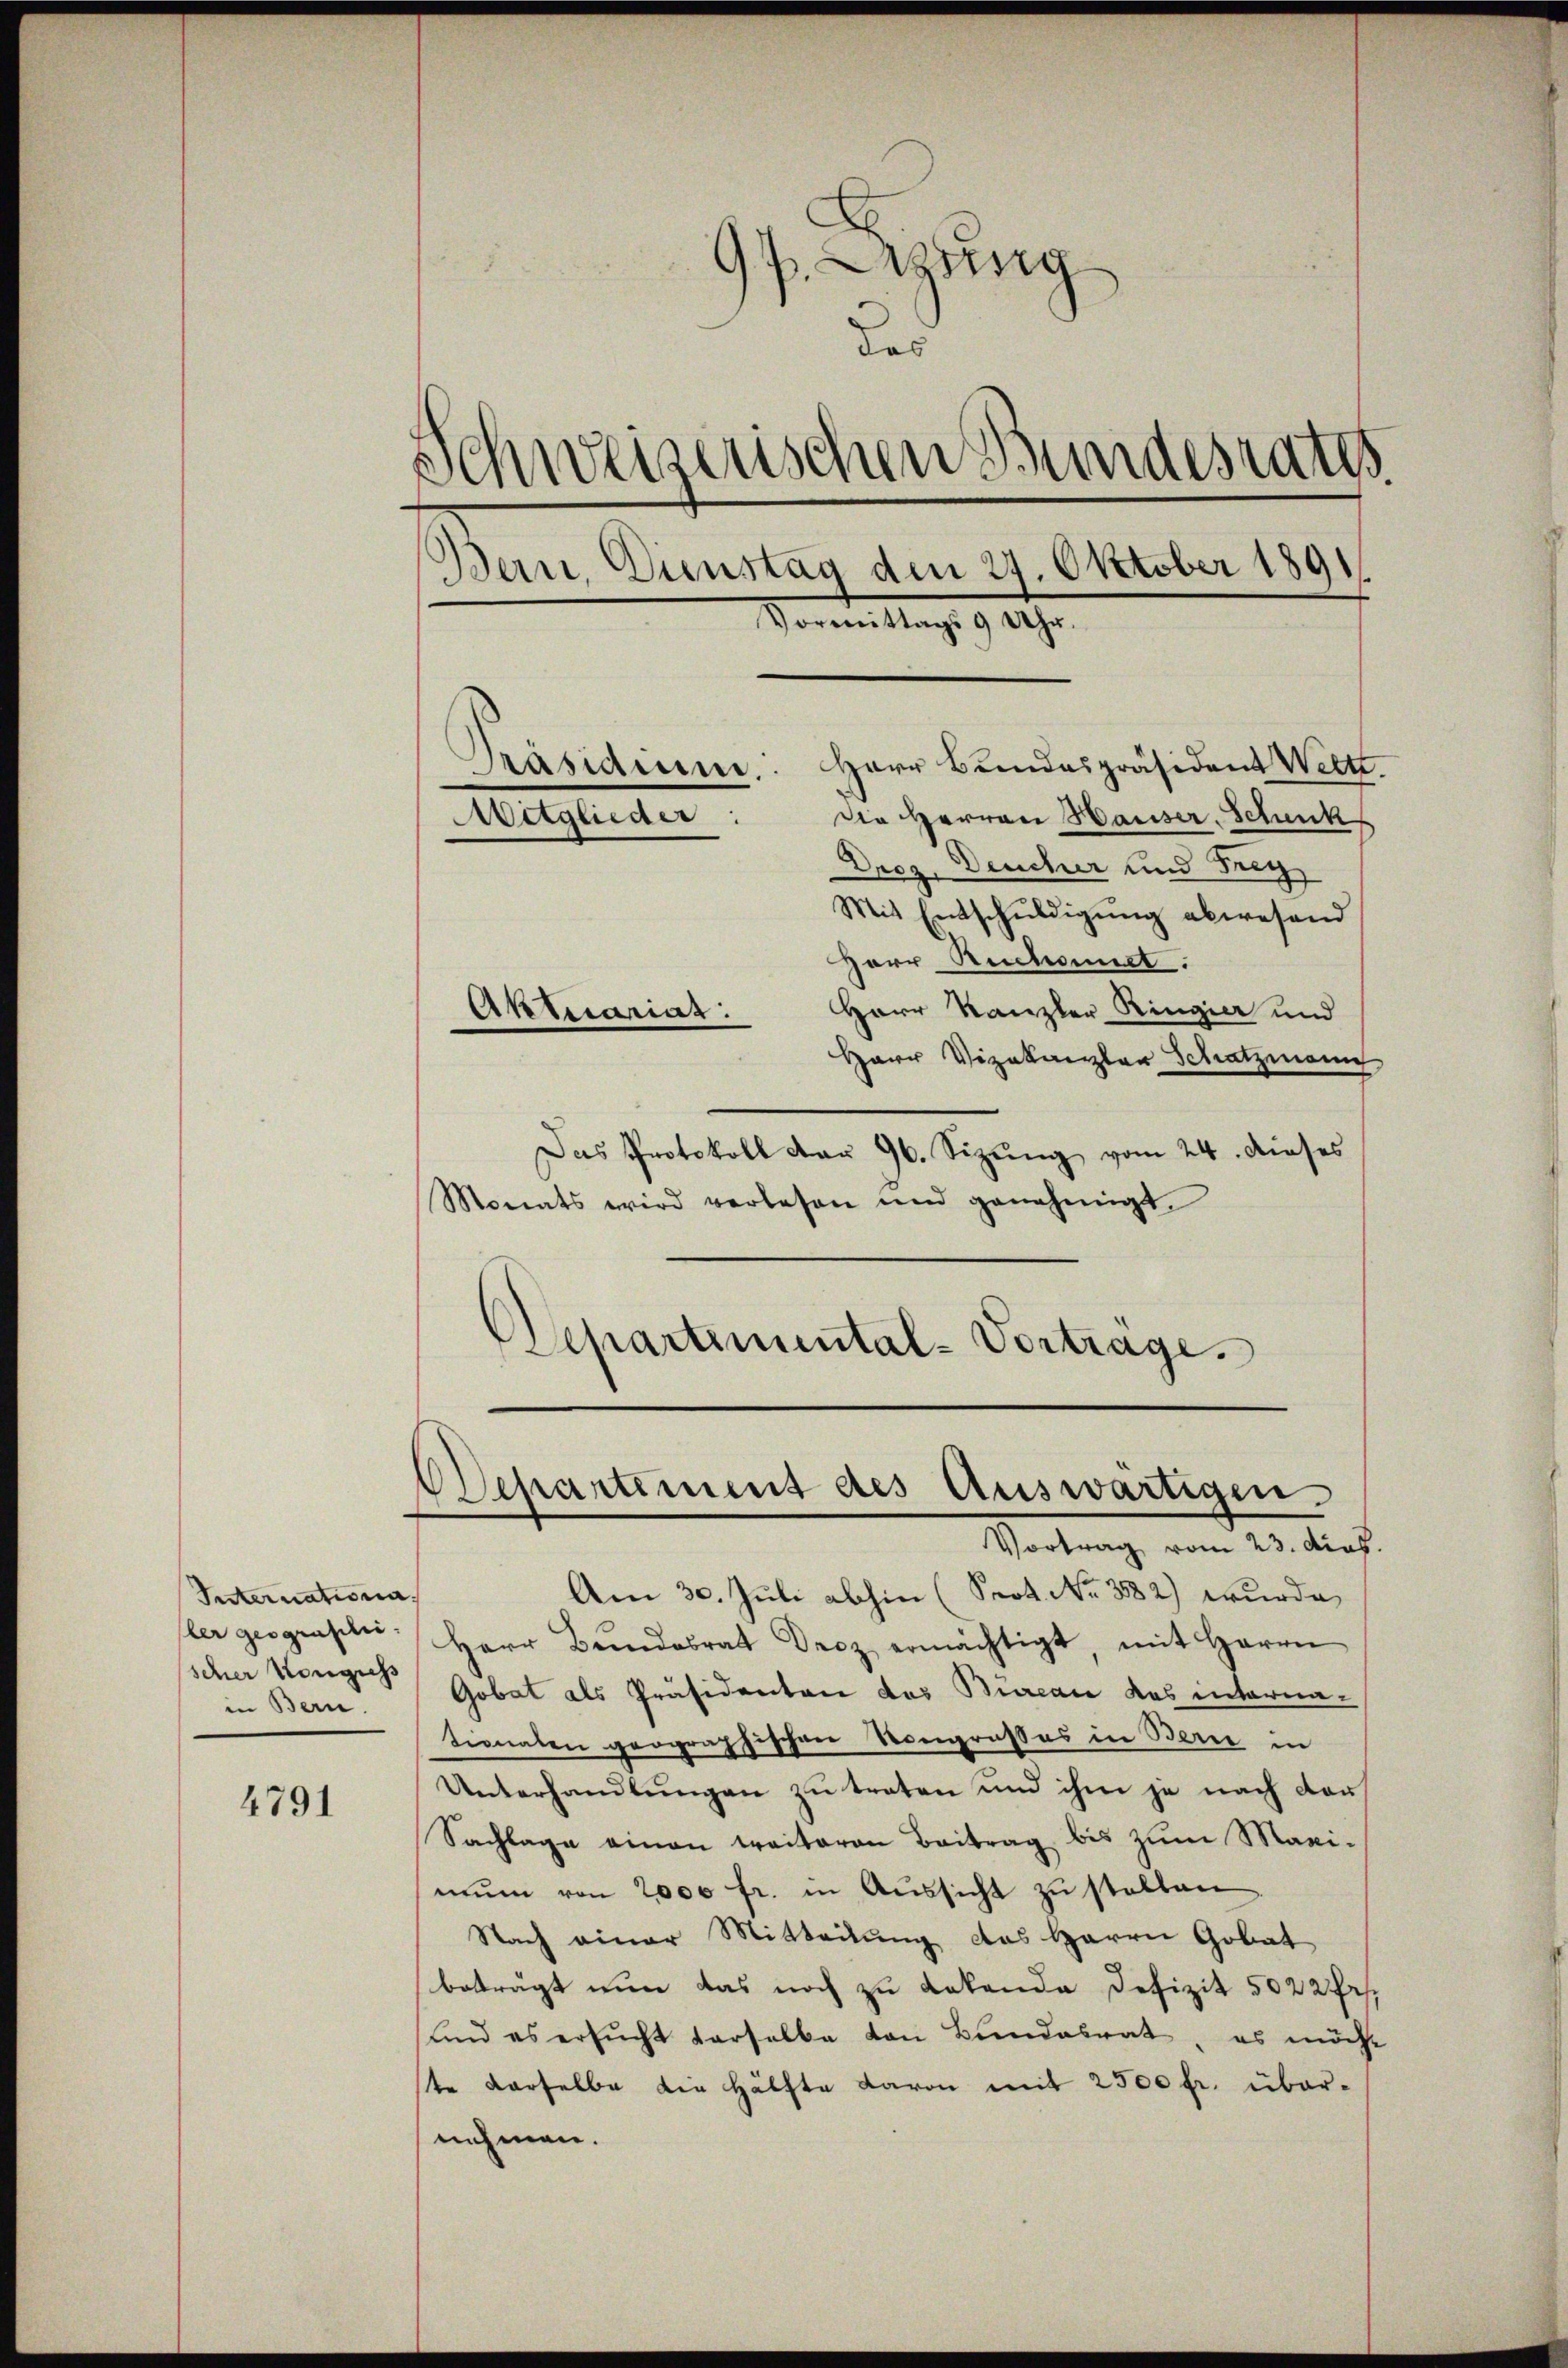
Internationa
ler geograschie
scher Kongress
in Bern.

4791

Azung
das
Schweizerischen Bundesrates
Bein. Dienstag den 27. Oktober 1891
Vormittags 9 Uhr.
Präsidium. Herr Bundespräsident Weltt
die Herren Hauser-Schenk
Mitglieder:
Dreg. Deucher und Trig
Mit Entschŭldigŭng abwesend

Herr Rechanict.
Herr Kanzler Ringier und
Herr Vizekanzler Schatzmann
Das Protokoll dar 96. Sizung vom 24. dieses
Monats wird verlesen und genehmigt.
Schartiuntal-Vortrage.

Aktuariat.

Departement des Auswärtigen.
Vortrag vom 23. dies

Am 30. Juli abhin (Prot. No 3882) wurde,
Herr Bŭndesrat Droz ermächtigt mit Herrn
Gobat als Präsidenten das Bureau das internationalen geographischen Kongrußes in Berie in
Unterhandlungen zu treten und ihm je nach dar¬
Sachlage einen weiteren Beitrag bis zum Maginŭn von 2000 fr. in Aŭssicht zŭ stellen.
Nach einer Mitteilŭng des Herrn Gobat
beträgt nun das noch zu Lakende Defizit 502 2 Pr.
und es ersŭcht verselbe von Bundesrat, es möcht
te derselbe die Hälfte davon mit 2500 fr. über-
nehmen.